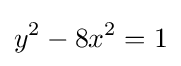
y^{2}-8x^{2}=1